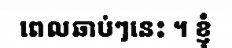
ពេលឆាប់ៗនេះ ។ ខ្ញុំ